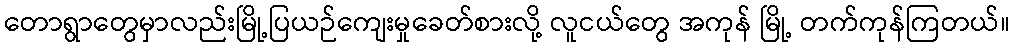
တောရွာတွေမှာလည်းမြို့ပြယဉ်ကျေးမှုခေတ်စားလို့ လူငယ်တွေ အကုန် မြို့ တက်ကုန်ကြတယ်။